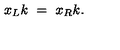
x _ { L } k \ = \ x _ { R } k .